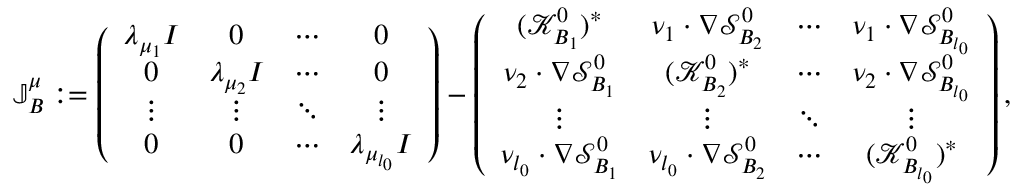
\mathbb { J } _ { B } ^ { \mu } : = \left( \begin{array} { c c c c } { \lambda _ { \mu _ { 1 } } I } & { 0 } & { \cdots } & { 0 } \\ { 0 } & { \lambda _ { \mu _ { 2 } } I } & { \cdots } & { 0 } \\ { \vdots } & { \vdots } & { \ddots } & { \vdots } \\ { 0 } & { 0 } & { \cdots } & { \lambda _ { \mu _ { l _ { 0 } } } I } \end{array} \right) - \left( \begin{array} { c c c c } { ( \mathcal { K } _ { B _ { 1 } } ^ { 0 } ) ^ { * } } & { \nu _ { 1 } \cdot \nabla \mathcal { S } _ { B _ { 2 } } ^ { 0 } } & { \cdots } & { \nu _ { 1 } \cdot \nabla \mathcal { S } _ { B _ { l _ { 0 } } } ^ { 0 } } \\ { \nu _ { 2 } \cdot \nabla \mathcal { S } _ { B _ { 1 } } ^ { 0 } } & { ( \mathcal { K } _ { B _ { 2 } } ^ { 0 } ) ^ { * } } & { \cdots } & { \nu _ { 2 } \cdot \nabla \mathcal { S } _ { B _ { l _ { 0 } } } ^ { 0 } } \\ { \vdots } & { \vdots } & { \ddots } & { \vdots } \\ { \nu _ { l _ { 0 } } \cdot \nabla \mathcal { S } _ { B _ { 1 } } ^ { 0 } } & { \nu _ { l _ { 0 } } \cdot \nabla \mathcal { S } _ { B _ { 2 } } ^ { 0 } } & { \cdots } & { ( \mathcal { K } _ { B _ { l _ { 0 } } } ^ { 0 } ) ^ { * } } \end{array} \right) ,